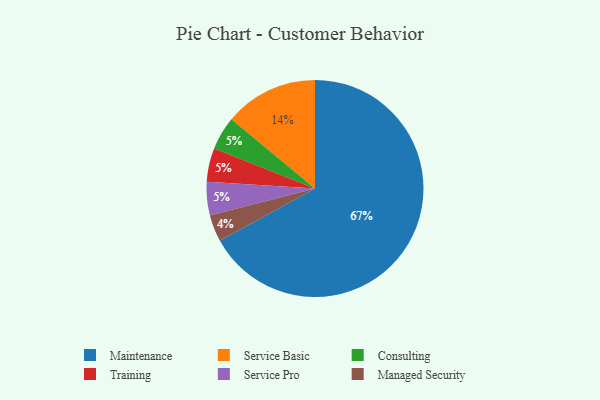
{"axis": {"x": "Category", "y": "Percentage"}, "legend": ["Consulting", "Maintenance", "Managed Security", "Service Basic", "Service Pro", "Training"], "data": [{"x": "Consulting", "y": 5, "type": "Consulting"}, {"x": "Managed Security", "y": 4, "type": "Managed Security"}, {"x": "Training", "y": 5, "type": "Training"}, {"x": "Service Pro", "y": 5, "type": "Service Pro"}, {"x": "Service Basic", "y": 14, "type": "Service Basic"}, {"x": "Maintenance", "y": 67, "type": "Maintenance"}]}